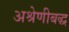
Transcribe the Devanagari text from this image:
अश्रेणीबद्ध